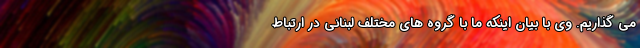
می گذاریم. وی با بیان اینکه ما با گروه های مختلف لبنانی در ارتباط